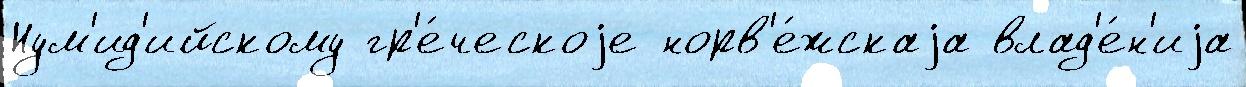
Нум'ид'ийскому гр'е́ческоjе норв'е́жскаjа влад'е́н'иjа